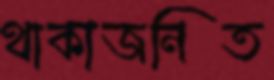
থাকাজনিত